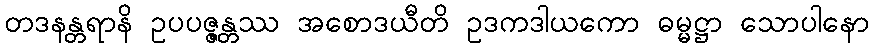
တဒနန္တရာနိ ဥပပဇ္ဇန္တဿ အစောဒယီတိ ဥဒကဒါယကော ဓမ္မဋ္ဌာ သောပါနော